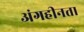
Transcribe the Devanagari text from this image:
अंगहीनता